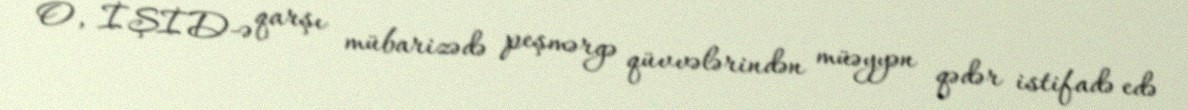
O, İŞİD-ə qarşı mübarizədə peşmərgə qüvvələrindən müəyyən qədər istifadə edə